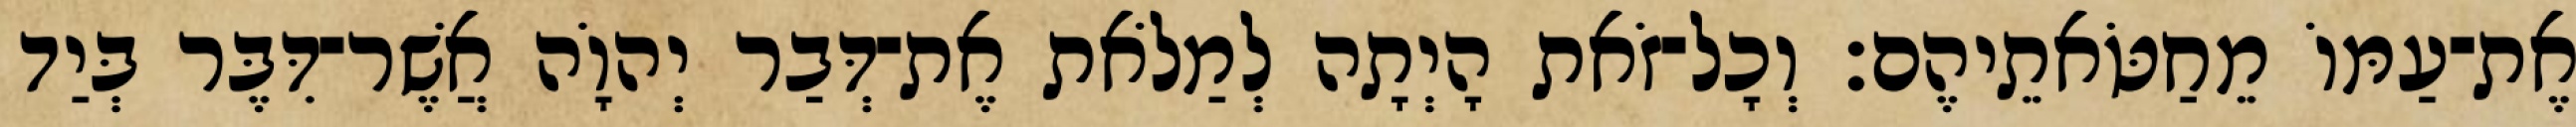
אֶת־עַמּוֹ מֵחַטֹּאתֵיהֶם׃ וְכָל־זֹאת הָיְתָה לְמַלֹאת אֶת־דְּבַר יְהוָֹה אֲשֶׁר־דִּבֶּר בְּיַד